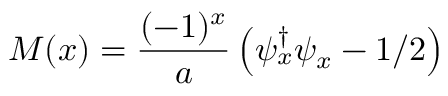
M ( x ) = \frac { ( - 1 ) ^ { x } } { a } \left( \psi _ { x } ^ { \dagger } \psi _ { x } - 1 / 2 \right)